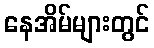
နေအိမ်များတွင်